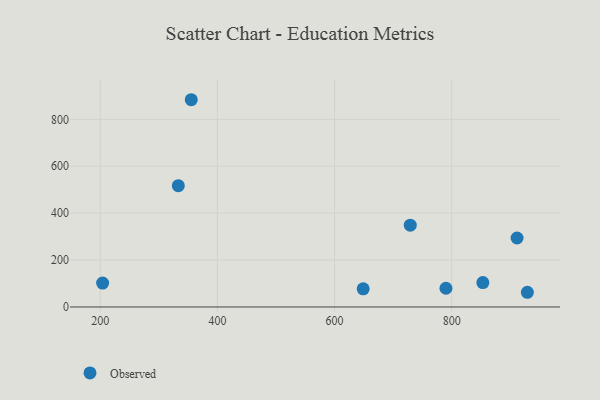
{"axis": {"x": "Distance", "y": "Exam Score"}, "legend": ["Observed"], "data": [{"x": "911.6", "y": 294.1, "type": "Observed"}, {"x": "853.2", "y": 103.9, "type": "Observed"}, {"x": "729.3", "y": 348.9, "type": "Observed"}, {"x": "648.9", "y": 77.6, "type": "Observed"}, {"x": "333.3", "y": 517.2, "type": "Observed"}, {"x": "204.1", "y": 102.1, "type": "Observed"}, {"x": "790.2", "y": 79.9, "type": "Observed"}, {"x": "929.2", "y": 62.7, "type": "Observed"}, {"x": "355.4", "y": 883.7, "type": "Observed"}]}